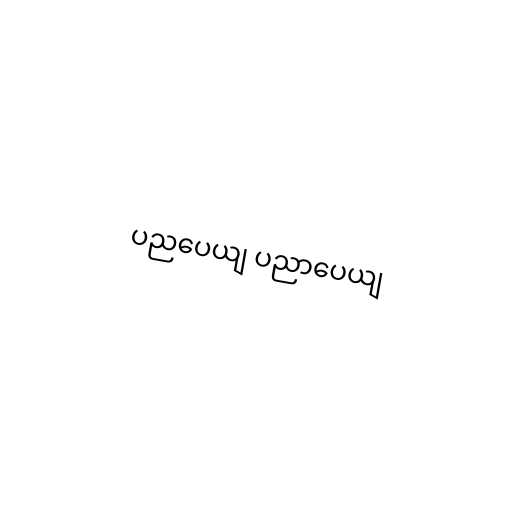
ပညပေယျ ပညာပေယျ